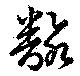
飜